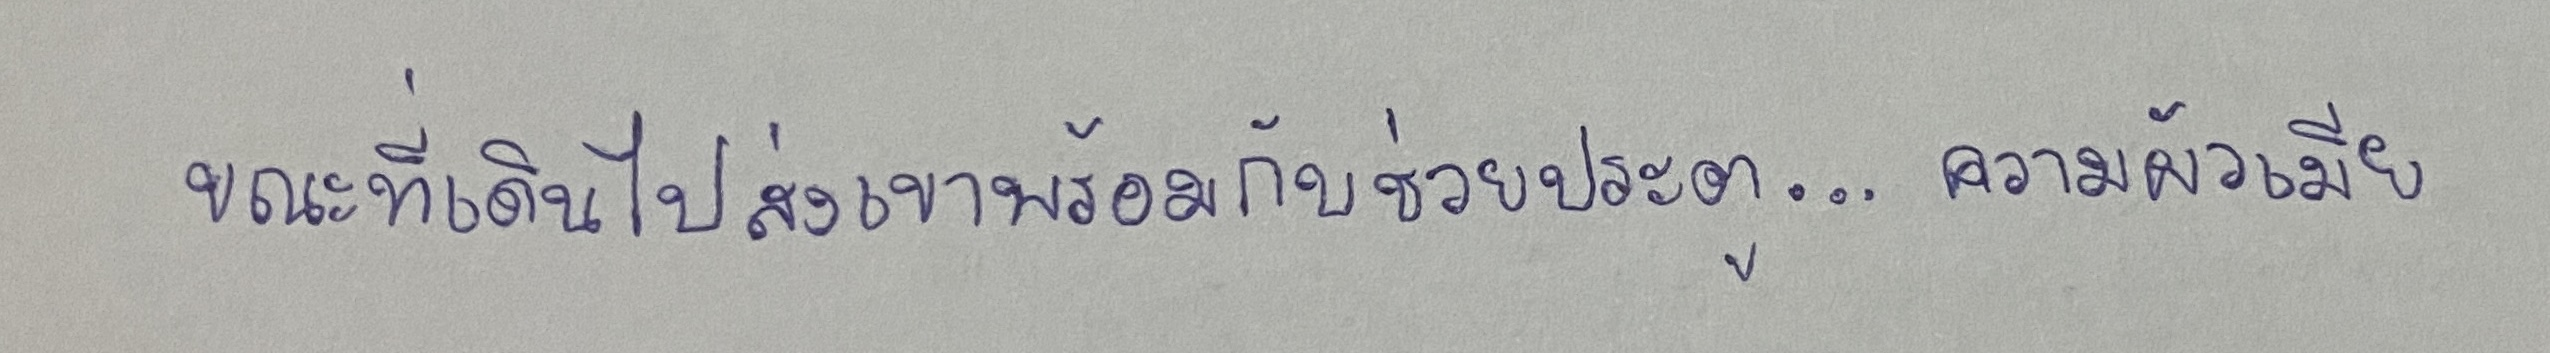
ขณะที่เดินไปส่งเขาพร้อมกับช่วยเปิดประตู...ความผัวเมีย